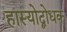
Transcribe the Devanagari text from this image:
हास्योद्बोधक